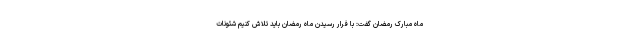
ماه مبارک رمضان گفت: با فرار رسیدن ماه رمضان باید تلاش کنیم شئونات